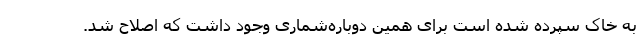
به خاک سپرده شده است برای همین دوباره‌شماری وجود داشت که اصلاح شد.